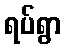
ရပ်ရွာ